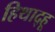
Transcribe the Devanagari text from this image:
हिथाद्हू